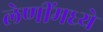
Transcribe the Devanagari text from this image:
लेणींमध्ये